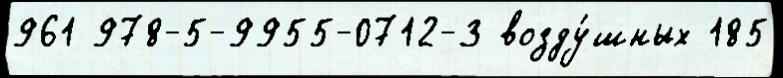
961 978-5-9955-0712-3 возду́шных 185